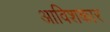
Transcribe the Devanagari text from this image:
अाविशकार